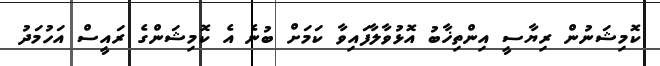
ކޮމިޝަނުން ރިޔާސީ އިންތިޚާބު އޮޅުވާލާފައިވާ ކަމަށް ބުނެ އެ ކޮމިޝަންގެ ރައީސް އަހުމަދު